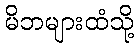
မိဘများထံသို့